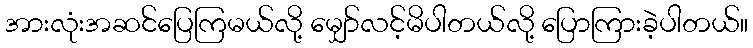
အားလုံးအဆင်ပြေကြမယ်လို့ မျှော်လင့်မိပါတယ်လို့ ပြောကြားခဲ့ပါတယ်။